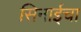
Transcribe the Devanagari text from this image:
सिनाईचा